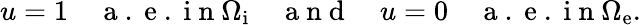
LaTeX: u=1\quad\mathrm{~a~.~e~.~i~n~}\Omega_{\mathrm{i}}\quad\mathrm{~a~n~d~}\quad u=0\quad\mathrm{~a~.~e~.~i~n~}\Omega_{\mathrm{e}}.